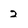
Character: 2